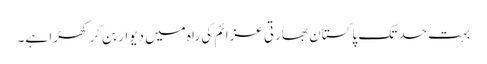
بہت حد تک پاکستان بھارتی عزائم کی راہ میں دیوار بن کر کھڑا ہے۔